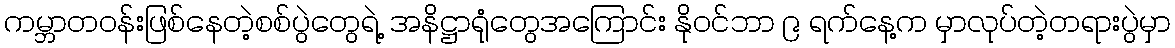
ကမ္ဘာတဝန်းဖြစ်နေတဲ့စစ်ပွဲတွေရဲ့ အနိဋ္ဌာရုံတွေအကြောင်း နိုဝင်ဘာ ၉ ရက်နေ့က မှာလုပ်တဲ့တရားပွဲမှာ